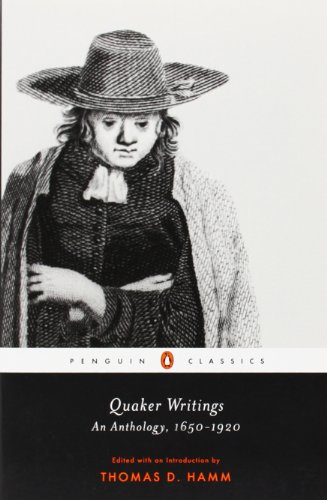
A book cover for Quaker Writings: An Anthology, 1650-1920 (Penguin Classics); Christian Books & Bibles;